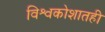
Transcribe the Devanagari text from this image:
विश्वकोशातही